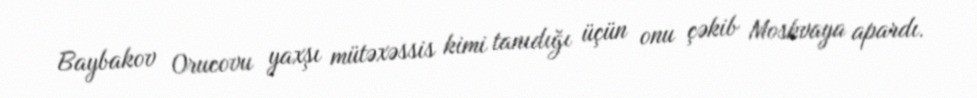
Baybakov Orucovu yaxşı mütəxəssis kimi tanıdığı üçün onu çəkib Moskvaya apardı.